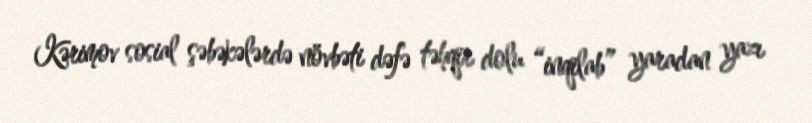
Kərimov sosial şəbəkələrdə növbəti dəfə təhqir dolu “inqilab” yaradan yazı